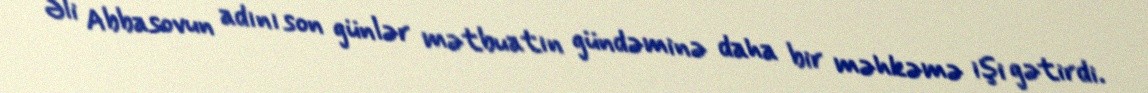
Əli Abbasovun adını son günlər mətbuatın gündəminə daha bir məhkəmə işi gətirdi.